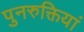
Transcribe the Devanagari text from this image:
पुनरुक्तियां